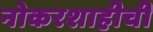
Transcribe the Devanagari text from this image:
नोकरशाहीची